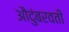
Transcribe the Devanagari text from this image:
औदुंबरवती